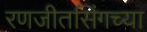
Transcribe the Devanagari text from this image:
रणजीतसिंगच्या